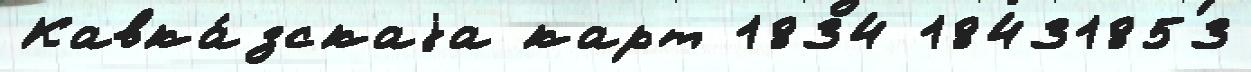
Кавка́зскаjа карт 1834 18431853